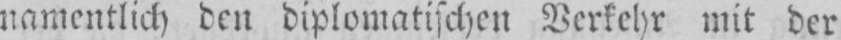
namentlich den diplomatischen Verkehr mit der